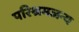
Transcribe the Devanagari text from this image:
परिश्रमजन्य